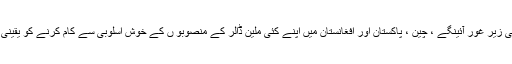
پاکستان اقتصادی راہداری(سی پیک ) سے متعلق امور بھی زیر غور آئینگے ، چین ، پاکستان اور افغانستان میں اپنے کئی ملین ڈالر کے منصوبو ں کے خوش اسلوبی سے کام کرنے کو یقینی بنانے کیلئے علاقے میں امن کے بارے میں فکر مندہے۔